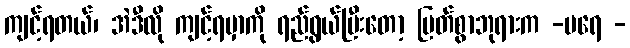
ကျင့်ရတယ်၊ အဲဒီလို ကျင့်ရမှာကို ရည်ရွယ်ပြီးတော့ မြတ်စွာဘုရားက -ပရေ -